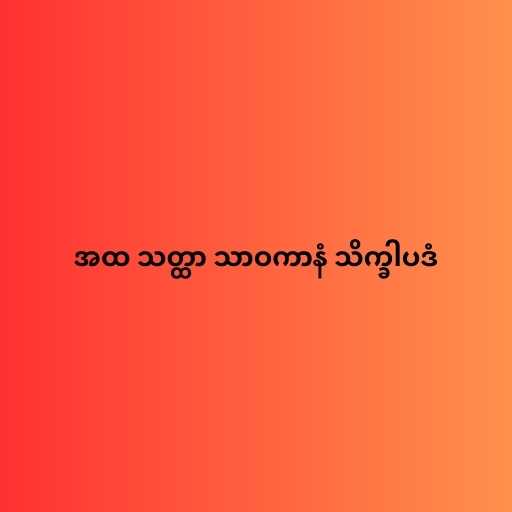
အထ သတ္ထာ သာဝကာနံ သိက္ခါပဒံ